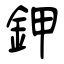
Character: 鉀